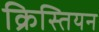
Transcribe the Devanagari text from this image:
क्रिस्तियन